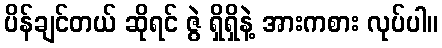
ပိန်ချင်တယ် ဆိုရင် ဇွဲ ရှိရှိနဲ့ အားကစား လုပ်ပါ။